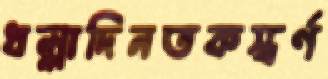
ধল্লাদিনতকস্বর্ণ